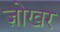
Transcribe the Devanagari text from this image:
ज़ोखर